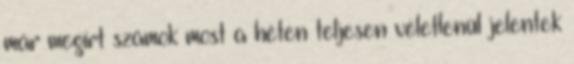
már megírt számok most a héten teljesen véletlenül jelentek